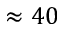
\approx 4 0